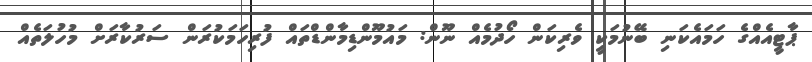
ޕާޓީއެއްގެ ހަމައެކަނި ބޭނުމަކީ ވެރިކަން ހޯދުމެއް ނޫން: މައުމޫންޑިމާންޑްތައް ފުރިހަމަކުރަން ސަރުކާރަށް މުހުލަތެއް